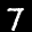
Label: 7